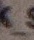
-